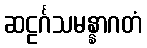
ဆဠင်္ဂသမန္နာဂတံ